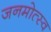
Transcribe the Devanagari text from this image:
जनमोत्स्व